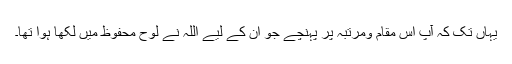
یہاں تک کہ آپ اس مقام ومرتبہ پر پہنچے جو ان کے لیے اللہ نے لوح محفوظ میں لکھا ہوا تھا۔